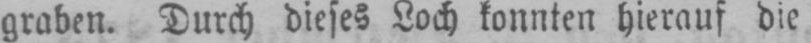
graben. Durch dieses Loch konnten hierauf die